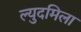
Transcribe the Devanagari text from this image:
ल्युदमिला